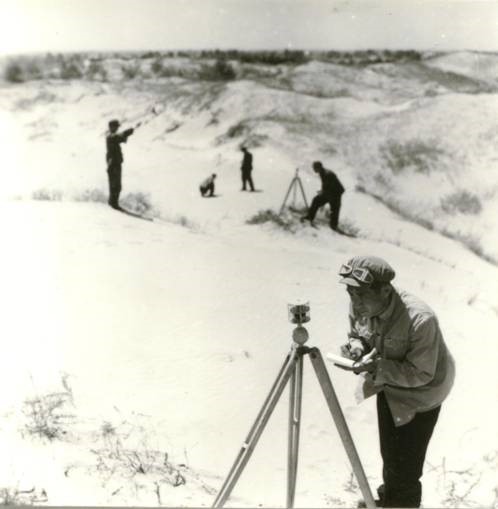
前年过代北，今岁往辽西。